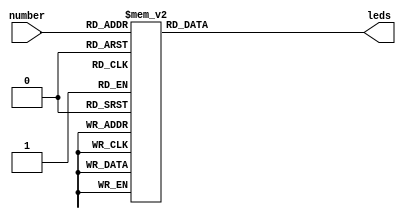
`timescale 1ns / 1ps

module SEGMENTS(
	input [3:0] number,
	output reg [6:0] leds
    );

always@*
begin
	case(number)
	4'h0: leds = 7'b1111110;
	4'h1: leds = 7'b0110000;
	4'h2: leds = 7'b1101101;
	4'h3: leds = 7'b1111001;
	4'h4: leds = 7'b0110011;
	4'h5: leds = 7'b1011011;
	4'h6: leds = 7'b1011111;
	4'h7: leds = 7'b1110000;
	4'h8: leds = 7'b1111111;
	4'h9: leds = 7'b1111011;
	4'ha: leds = 7'b1110111;
	4'hb: leds = 7'b0011111;
	4'hc: leds = 7'b0001101;
	4'hd: leds = 7'b0111101;
	4'he: leds = 7'b1001111;
	4'hf: leds = 7'b1000111;
	endcase
end

endmodule

`timescale 1ns / 1ps

module SEVEN_SEGMENTS(
	input clk,rst,
	input [3:0] A,B,
	output reg [6:0] seven_segment,
	output dp,
	output reg [3:0] an
    );

reg [63:0] count;
wire [6:0] seven_segment0;
wire [6:0] seven_segment1;
wire [6:0] seven_segment2;
wire [6:0] seven_segment3;
	
assign dp = 1;

always@(posedge clk)
if(rst)
count<=0;

else
count <= #1 count+1;

SEGMENTS seg_inst0(A  ,seven_segment0);
SEGMENTS seg_inst1(B  ,seven_segment1);
SEGMENTS seg_inst2(4'b1111 ,seven_segment2);
SEGMENTS seg_inst3(4'b1111,seven_segment3);


//Mux Counter Slow Clock
always@(posedge clk)

if(rst)
begin
seven_segment =0;
an=0;
end

else
begin
	case(count[12:11])
	2'd0: begin seven_segment = ~seven_segment0; an = 4'b1110;end
	2'd1: begin seven_segment = ~seven_segment1; an = 4'b1101;end
	2'd2: begin seven_segment = ~seven_segment2; an = 4'b1011;end
	2'd3: begin seven_segment = ~seven_segment3; an = 4'b0111;end
	endcase
end
	
endmodule